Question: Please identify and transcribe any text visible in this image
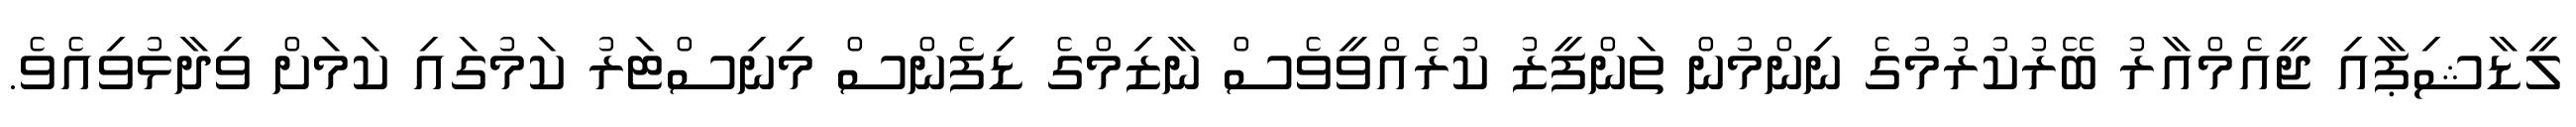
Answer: ލީޑާޝިޕާއި ޖީއެމްއާރު ބޭރުކުރުމުގެ ނިންމުން ތަންފީޒު ކުރެއްވީވެސް ނާޒިމްގެ ޑިފެންސް މިނިސްޓަރު ކަމުގައި ކަމަށް ވިދާޅުވިއެވެ.